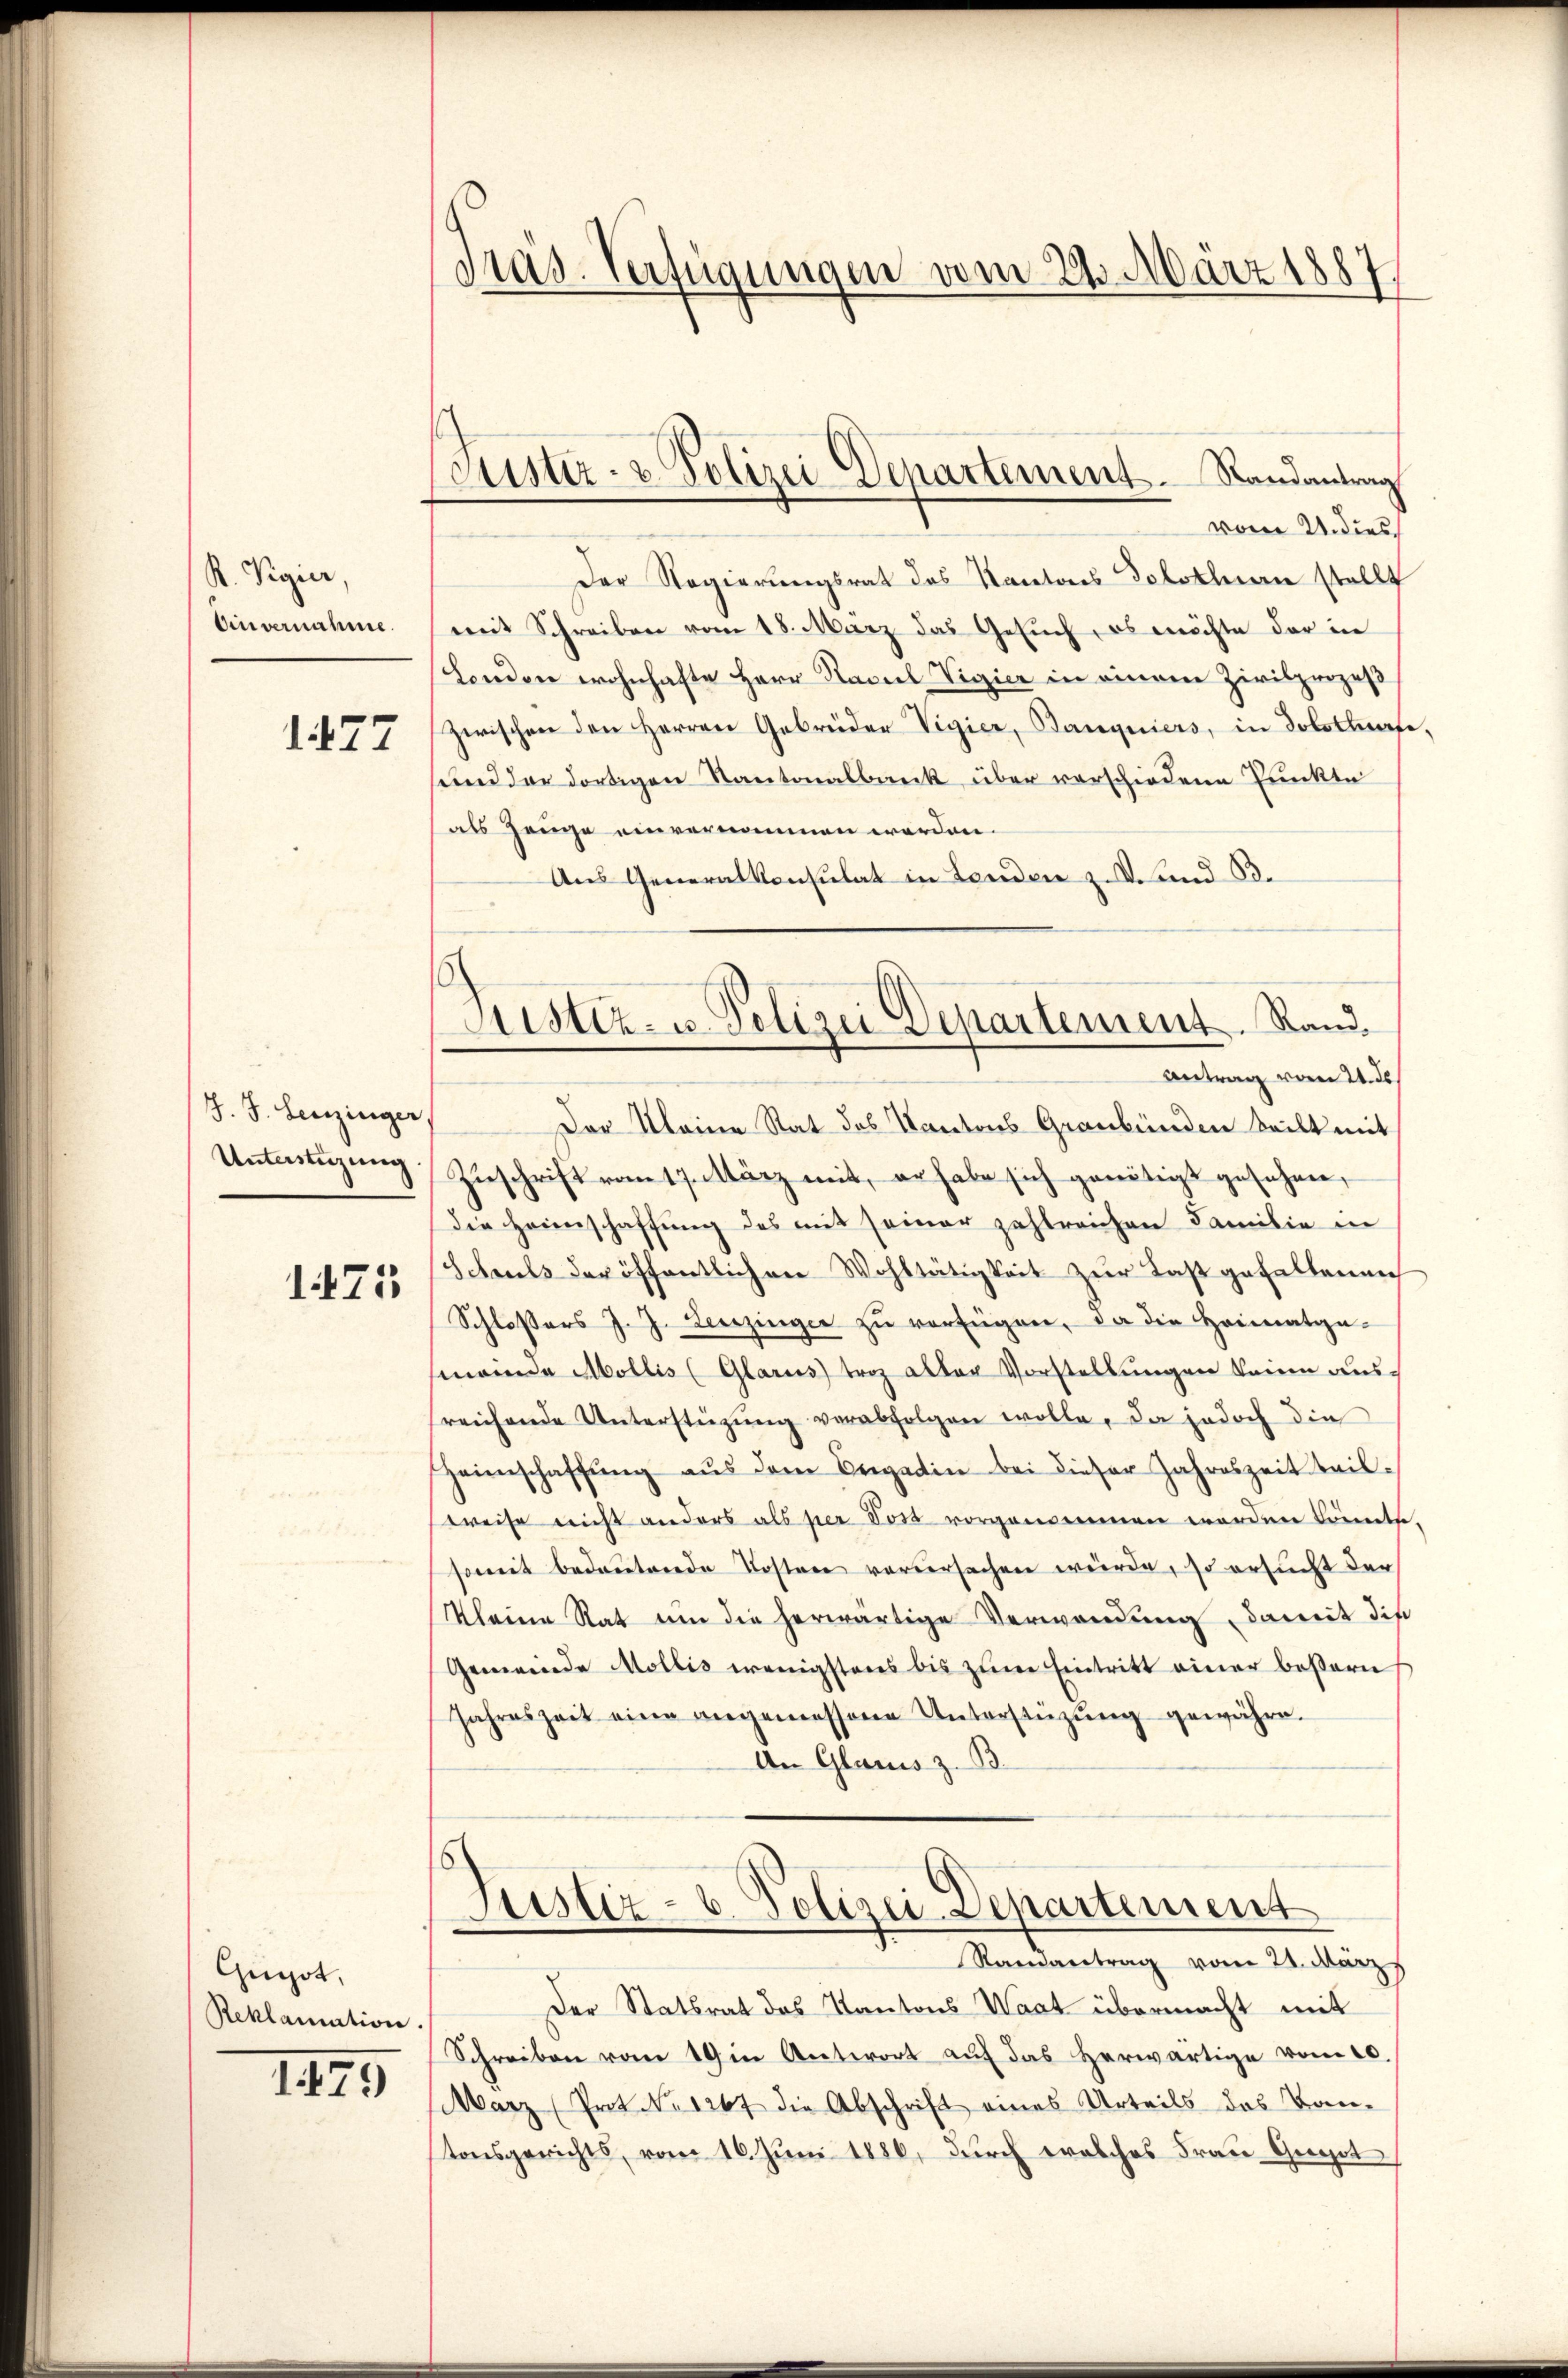
R. Vigier,
Einvernahme.

1477

J. J. Leuzinger
Unterstüzung

1475

Gugot,
Reklamation.
1479

Fras. Verfügungen vom 22. März 1887.

Justiz- & Polizei Departement. Randantrag

Fristiz- u. Polizei Departement. Rand¬
Antrag vom 21. ds.

vom 21. dies
Der Regierungsrat des Kantons Solothurn stellt
mit Schreiben vom 18. März das Gesuch, es möchte der in
London wohnhafte Herr Haciel Vigier in einem Zivilprozeß
Zwischen den Herren Gebrüder Vigier, Banquiers, in Solothurse
sund der dortigen Kantonalbank über verschiedene Punkte
als Zeuge einvernommen worden.
Aus Generalkonsulat in Lenden z. B. und B
Der Kleine Rat des Kantons Graubünden teilt mit
Zuschrift vom 17. März mit, er habe sich genötigt gesehen,
die Heimschaffung des mit seiner zahlreichen Familie in
Schels der öffentlichen Wohltätigkeit zur Last gefallenen
Schlossers J. J. Leerzinger zŭ verfügen, da die Heimatge-
meinde Mollis (Glarus) trag aller Vorstellungen keine aus-
reichende Unterstüzung verabfolgen wolle, da jedoch die
Heimschaffŭng aŭs dem Engadin bei dieser Jahreszeit teil-
weise nicht anders als per Post vorgenommen werden könnte
soweit bedeutende Kostere vorversachen würde, so ersucht der
Kleine Rat um die herwärtige Verwendung damit die
Gemeinde Mollis wenigstens bis zŭm Eintritt einer beßern
Jahreszeit eine angemessene Unterstützŭng gewähre.
An Glarus z. B.
Justiz- u. Polizei-Departement
Randantrag vom 21. März
Der Statsrat des Kantons Waat übermacht mit
Schreiben vom 19 in Antwort auf das Herwärtige vom 10.
Marz (Prot. No 1267 die Abschrift eines Urteils des Bau-
tonsgerichts, vom 16. Juni 1886, durch welches Frau Gigot